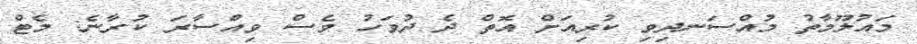
މައުލޫމާތު މުއްސަނދިވި ކުރިއަށް އޮތް ދެ ދުވަހު ވެސް ވިއްސާރަ ކުރާނެ: މެޓް